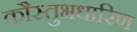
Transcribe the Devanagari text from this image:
कौस्तुभधारिण